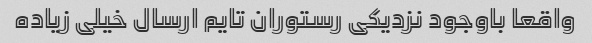
واقعا باوجود نزدیکی رستوران تایم ارسال خیلی زیاده